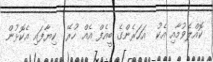
ކޮއްލެވުމާއި އެކު  އަހަރެންގެ ބީއެފް އެއް ހުރޭ  ކިޔާފައި އެކޮޅުން